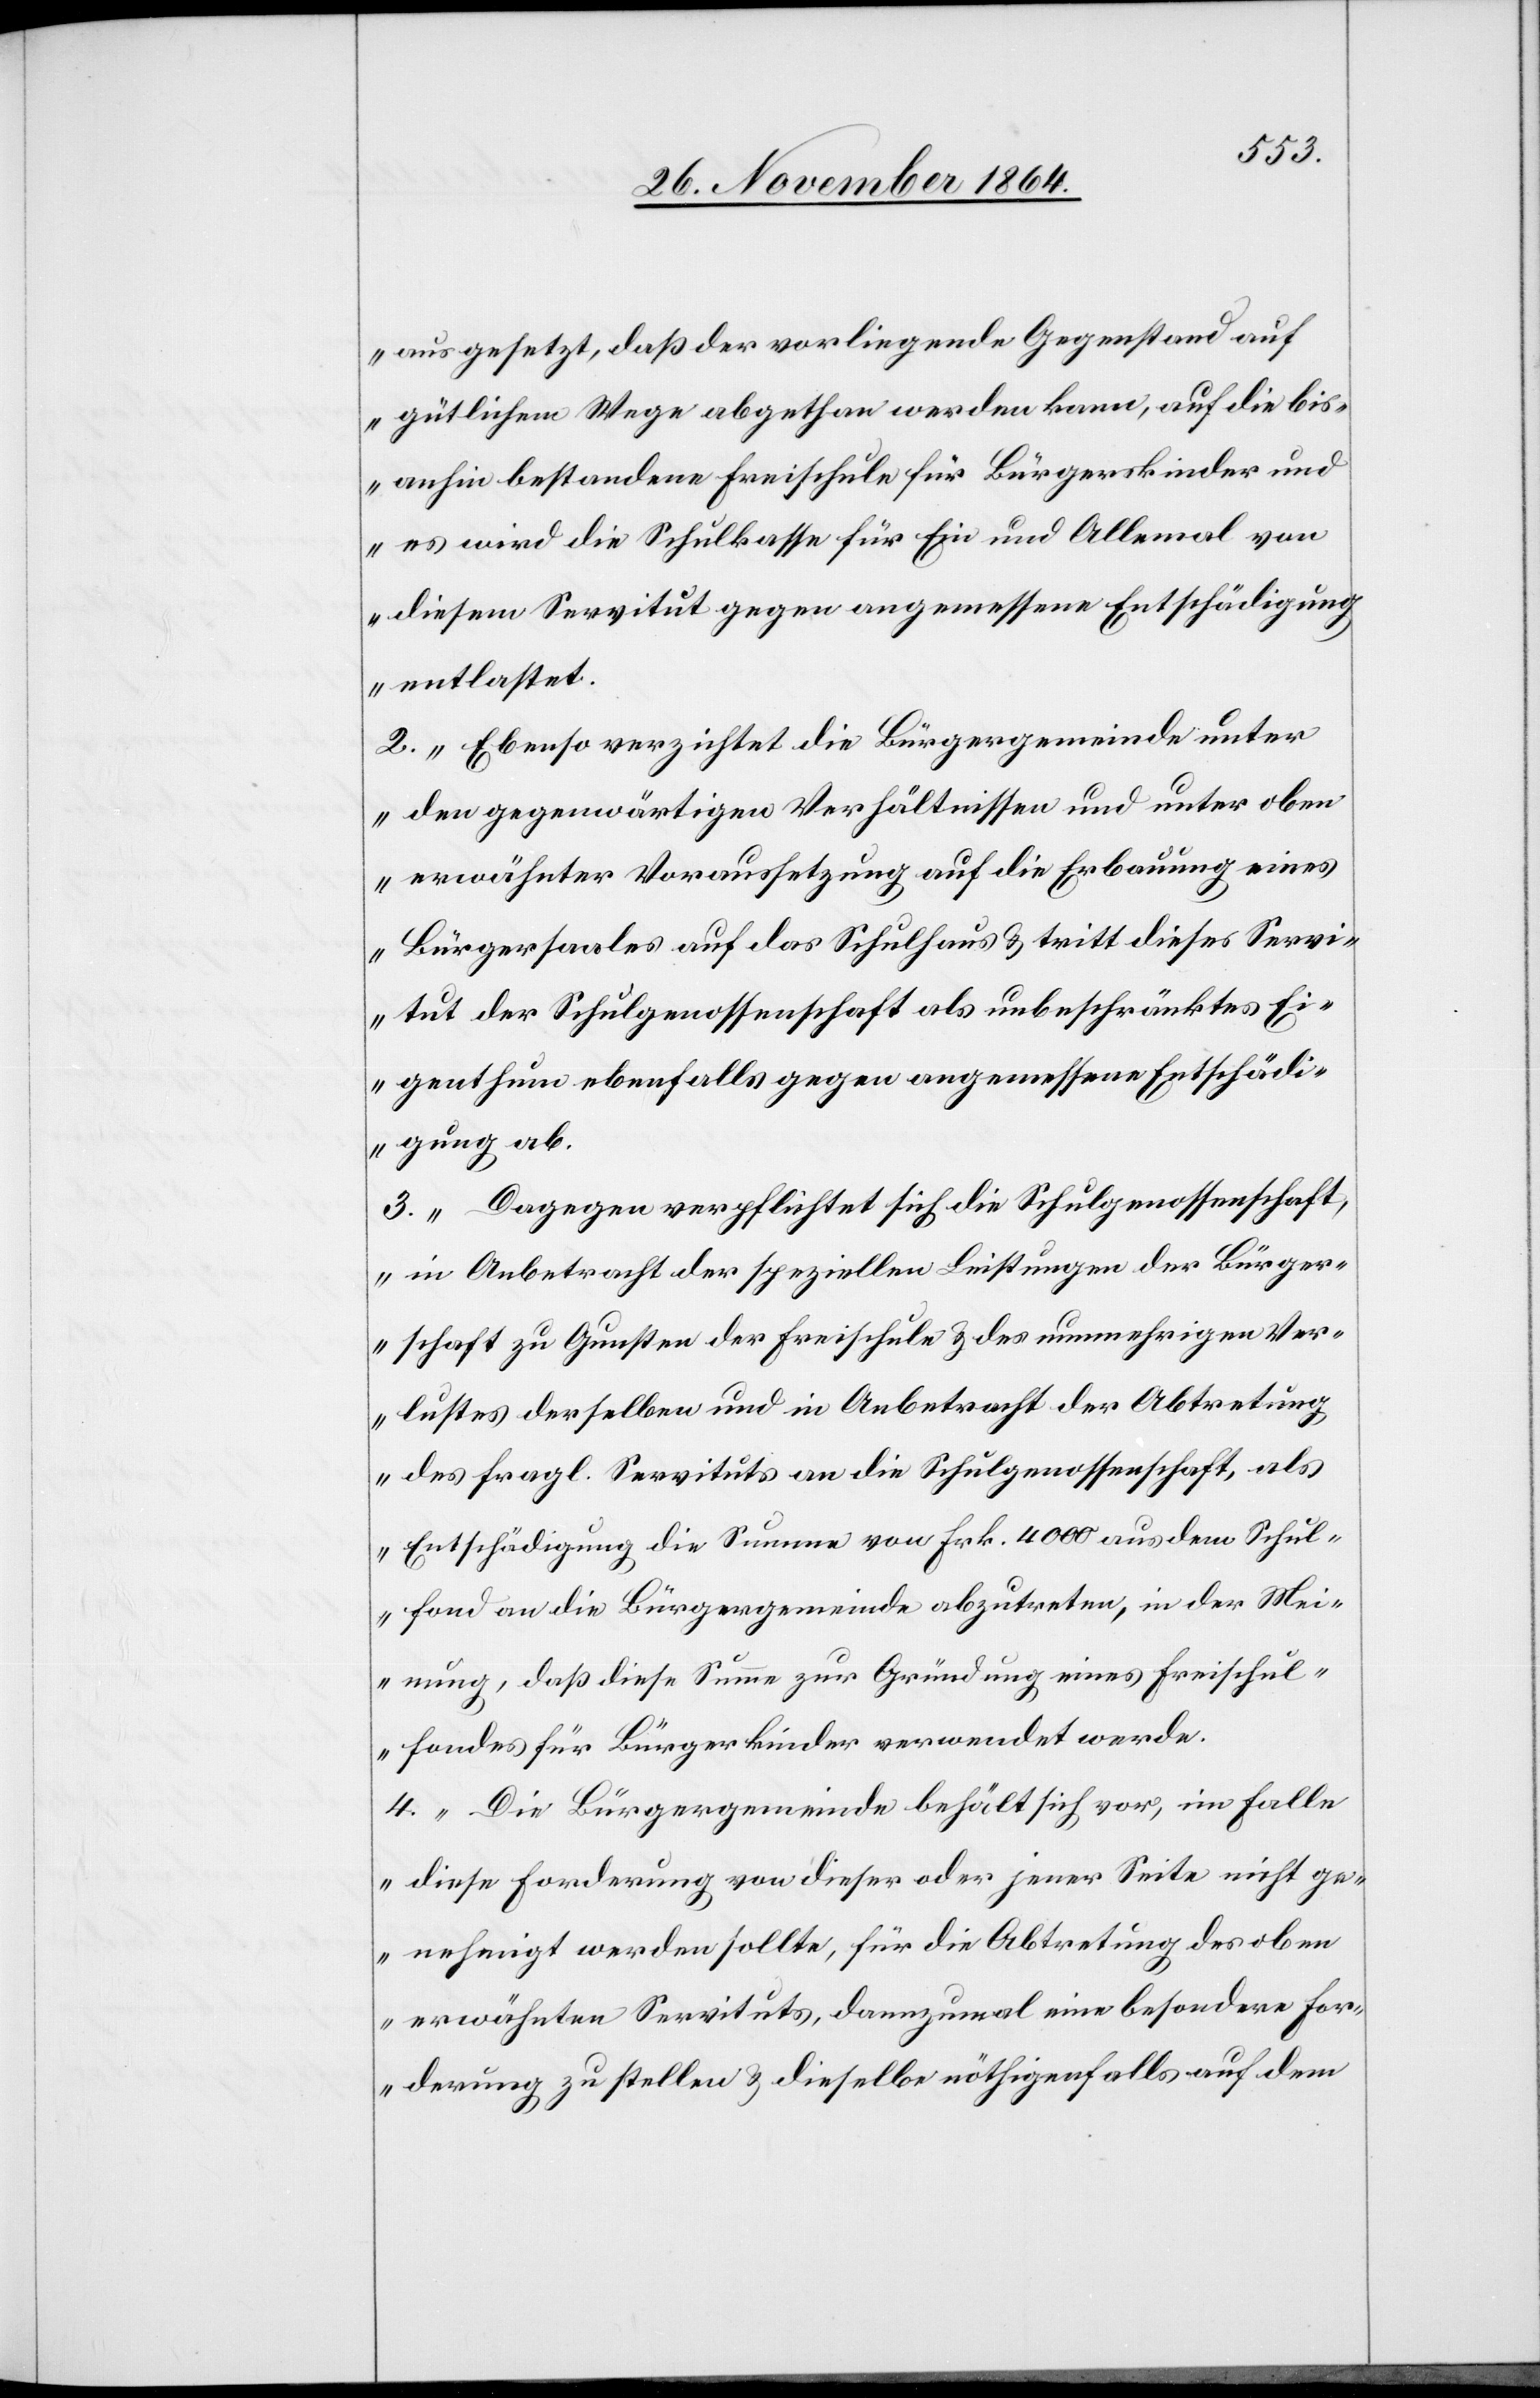
ausgesetzt, daß der vorliegende Gegenstand auf
gütlichem Wege abgeschlossen werden kann, auf die bis¬
anhin bestandene Freischule für Bürgerkinder und
es wird die Schulkasse für Ein und Allemal von
diesem Servitut gegen angemessene Entschädigung
entlastet.“
2. „Ebenso verzichtet die Bürgergemeinde unter
den gegenwärtigen Verhältnissen und unter oben
erwähnter Voraussetzung auf die Erbauung eines
Bürgersaales auf das Schulhaus & tritt dieses Servi¬
tut der Schulgenossenschaft als unbeschränktes Ei¬
genthum ebenfalls gegen angemessene Entschädi¬
gung ab.“
3. „Dagegen verpflichtet sich die Schulgenossenschaft,
in Anbetracht der speziellen Leistungen der Bürger¬
schaft zu Gunsten der Freischule & des nunmehrigen Ver¬
lustes derselben und in Anbetracht der Abtretung
des fragl. Servituts an die Schulgenossenschaft als
Entschädigung die Summe von Frk. 4000 aus dem Schul¬
fond an die Bürgergemeinde abzutreten, in der Mei¬
nung, daß diese Summe zur Gründung eines Freischul¬
fondes für Bürgerkinder verwendet werde.“
4. „Die Bürgergemeinde behält sich vor, im Falle
diese Forderung von dieser oder jener Seite nicht ge¬
nehmigt werden sollte, für die Abtretung des oben
erwähnten Servituts, dannzumal eine besondere For¬
derung zu stellen & dieselbe nöthigenfalls auf dem